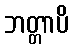
ဘတ္တာပိ